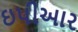
ઇપીઆર